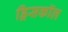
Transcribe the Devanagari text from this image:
ड्रिसकॉल